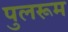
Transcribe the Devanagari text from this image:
पुलरूम